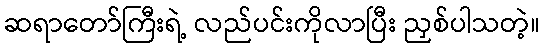
ဆရာတော်ကြီးရဲ့ လည်ပင်းကိုလာပြီး ညှစ်ပါသတဲ့။